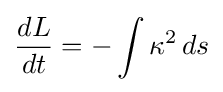
{\frac {dL}{dt}}=-\int \kappa ^{2}\,ds